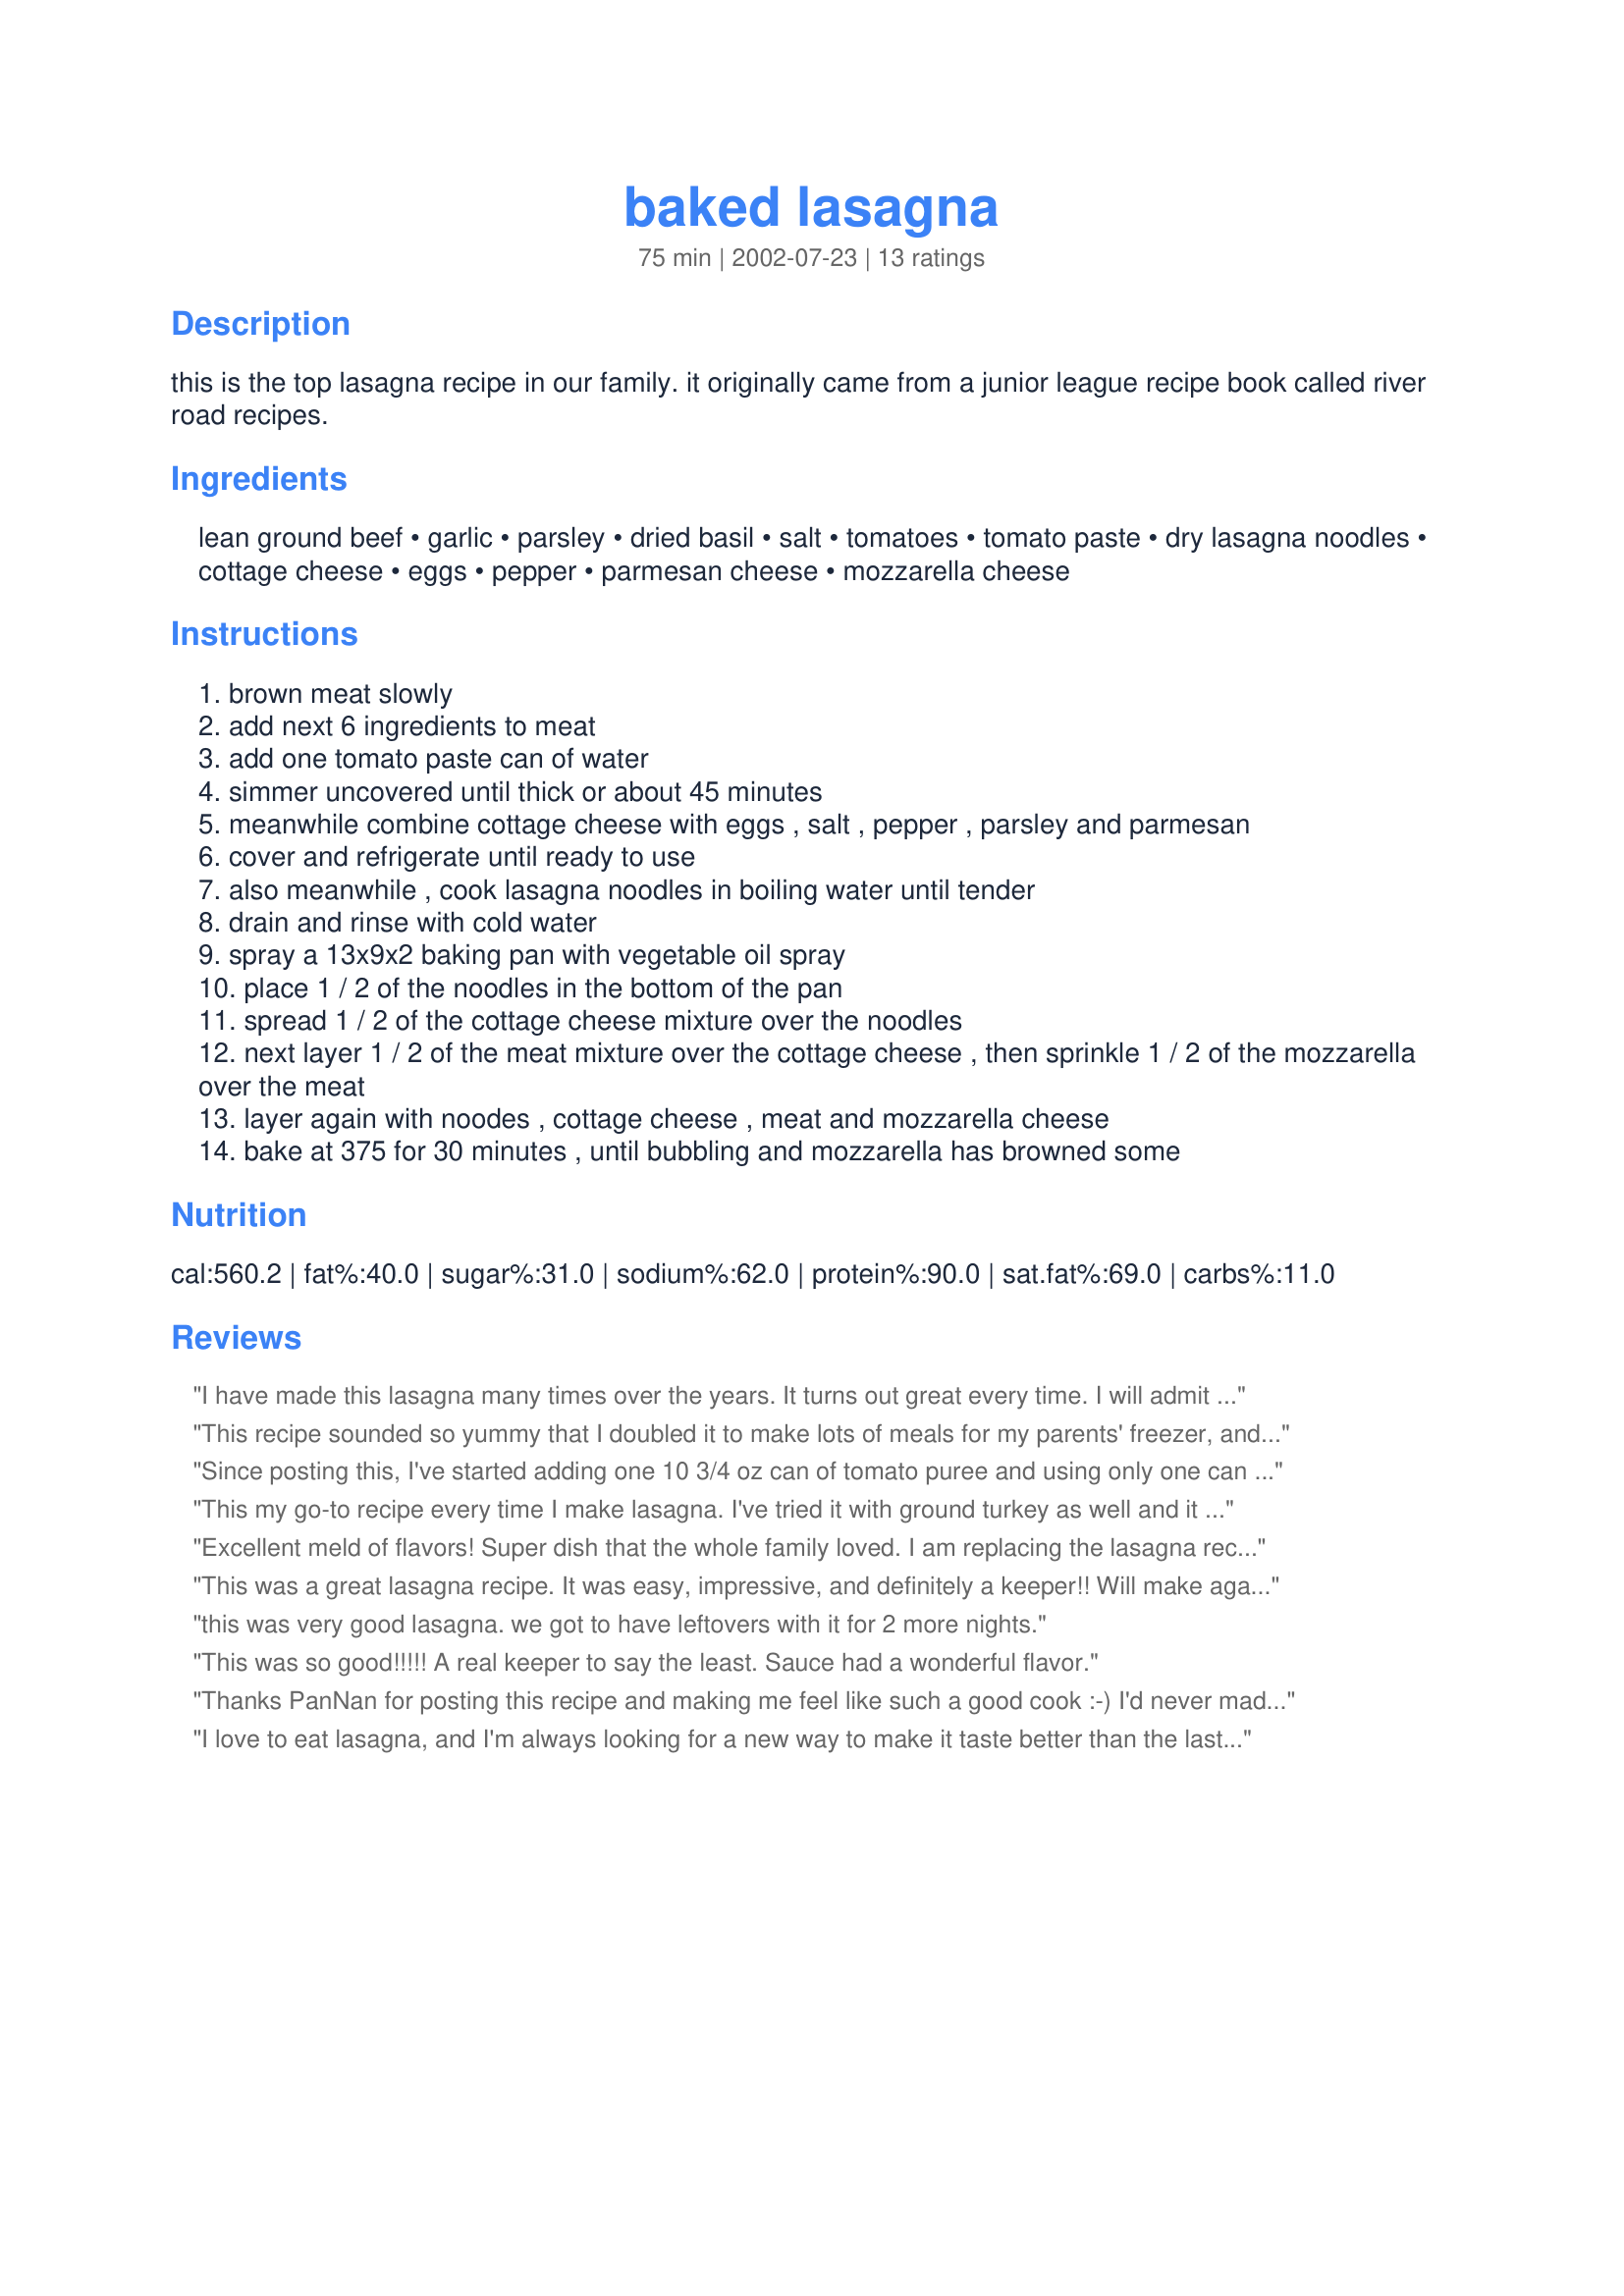
baked lasagna
Preparation time: 75 minutes

this is the top lasagna recipe in our family. it originally came from a junior league recipe book called river road recipes.

Ingredients:
lean ground beef, garlic, parsley, dried basil, salt, tomatoes, tomato paste, dry lasagna noodles, cottage cheese, eggs, pepper, parmesan cheese, mozzarella cheese

Steps:
brown meat slowly
add next 6 ingredients to meat
add one tomato paste can of water
simmer uncovered until thick or about 45 minutes
meanwhile combine cottage cheese with eggs , salt , pepper , parsley and parmesan
cover and refrigerate until ready to use
also meanwhile , cook lasagna noodles in boiling water until tender
drain and rinse with cold water
spray a 13x9x2 baking pan with vegetable oil spray
place 1 / 2 of the noodles in the bottom of the pan
spread 1 / 2 of the cottage cheese mixture over the noodles
next layer 1 / 2 of the meat mixture over the cottage cheese , then sprinkle 1 / 2 of the mozzarella over the meat
layer again with noodes , cottage cheese , meat and mozzarella cheese
bake at 375 for 30 minutes , until bubbling and mozzarella has browned some

Reviews:
I have made this lasagna many times over the years. It turns out great every time. I will admit that I was too lazy to actually get the River Roads cookbook out the cabinet, to once again to look at the recipe ( my books are so old the covers are in bad shape). So I was glad that it was posted on food.com and I now can save to my recipe box on my iPad.
This recipe sounded so yummy that I doubled it to make lots of meals for my parents' freezer, and I'm so glad that I did. It's delicious! I made only a few small changes: as a garlic fiend, I increased the garlic; and I used an Australian bush tomato spice instead of the tomato paste which always disagrees with me. Then, as I had no tomato paste can, I added wine instead of water. Well that was my excuse anyway! And I added a tablespoon of brown sugar (that was for my double quantity) in step 2. A wonderful lasagna, which I'll certainly be making again. I made it on this occasion for the ZWT2. Thanks PanNan!


Since posting this, I've started adding one 10 3/4 oz can of tomato puree and using only one can of tomato paste (rest of the recipe is the same). I also try to make this in this morning, refrigerate it all day and bake about 30 - 40 minutes before serving. The results are out of this world.
This my go-to recipe every time I make lasagna. I've tried it with ground turkey as well and it was still a hit. I also usually use a jarred sauce to mix with the meat but this time I made my own from scratch.
Excellent meld of flavors! Super dish that the whole family loved. I am replacing the lasagna recipe which I have used for about 25 years with this recipe! Used a can of Italian flavored diced tomatoes and wedge of hand grated parm.Used fresh parsley, oregano, and basil. Thanks Pan Nan for posting this family favorite of yours!
This was a great lasagna recipe. It was easy, impressive, and definitely a keeper!! Will make again soon. I followed recipe exactly. Thanks Pan Nan!!
this was very good lasagna. we got to have leftovers with it for 2 more nights.
This was so good!!!!! A real keeper to say the least. Sauce had a wonderful flavor.
Thanks PanNan for posting this recipe and making me feel like such a good cook :-) I'd never made lasagna before this and I was very pleased with the results. I followed the recipe exactly, and it turned out a tad salty for my taste (everyone else thought it was great) so I'll probably cut back on the salt a little next time. I'm excited to impress my in-laws with this one...
I love to eat lasagna, and I'm always looking for a new way to make it taste better than the last one. I will now stop looking. This was truly the best lasagna I've made. I made 4 of them for my daughters birthday party, and they were eatten all gone!!!!!!! Now when I go somewhere and am asked to bring something, they ask for the lasagna from the birthday party.
Awesomely delicious. Rich and cheesy. Not that difficult to make. Leftovers reheat well.
This is a delicious lasagna.I had a recipe for lasagna before but this one is so much better I threw the old one out!I only had 1 tin of tomato paste so that\'s all I used,it was fine with just the one.I also added a tsp of oregano and made the whole thing a few hours ahead of time.I will definately be making this again.
This was very good! I did change a couple of things though but I know that it would have been excellent without the changes that I made. I used a lb of chuck and a lb of sausage. I like to make extra sauce for everything just incase and yes, it was too much sauce. I also added black olives and mushrooms to the sauce and used mostly all mozarella cheese but a little bit of Jack and Coldy too but not much. This is a great recipe and I am going to use this one again. Thank you!
